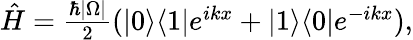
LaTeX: \begin{array}{r}{\hat{H}=\frac{\hbar|\Omega|}{2}(|0\rangle\langle 1|e^{ikx}+|1\rangle\langle 0|e^{-ikx}),}\end{array}